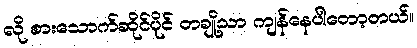
လို စားသောက်ဆိုင်ပိုင် တချို့သာ ကျန်နေပါတော့တယ်။